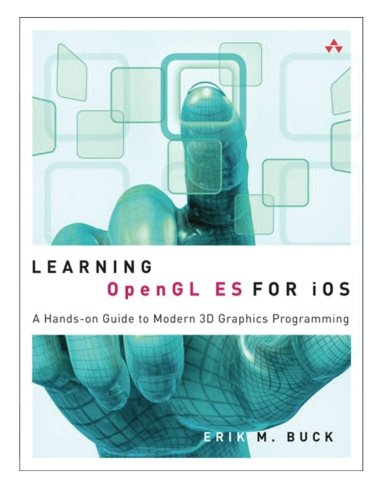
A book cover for Learning OpenGL ES for iOS: A Hands-on Guide to Modern 3D Graphics Programming; Erik Buck; Computers & Technology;